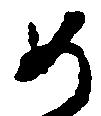
如